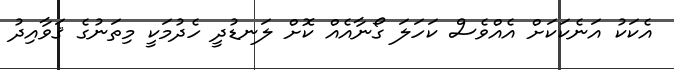
އެކަކު އަނެކަކަށް އެއްވެސް ކަހަލަ ގޯނާއެއް ކޮށް ލަނޑުދީ ހެދުމަކީ މިތަނުގެ ޤަވާއިދު